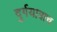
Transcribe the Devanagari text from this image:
दुर्गयात्राच